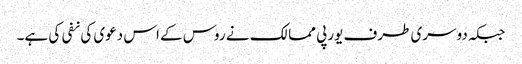
جبکہ دوسری طرف یورپی ممالک نے روس کے اس دعوی کی نفی کی ہے۔